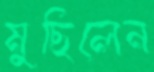
মুছিলেন